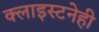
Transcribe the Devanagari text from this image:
क्लाइस्टनेही